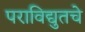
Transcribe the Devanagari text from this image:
पराविद्युतचे